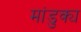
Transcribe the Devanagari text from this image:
मांडुक्य